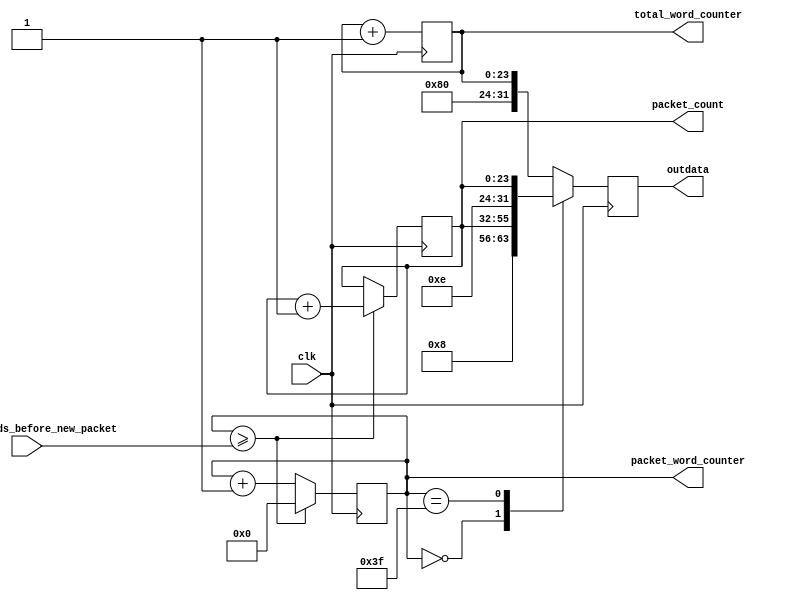
module griffin_packet_emulator
#(
parameter [6:0] unique_index = 0
)
(
input clk,
output reg [31:0] outdata = 0,
output reg [23:0] packet_count = 0,
output reg [23:0] packet_word_counter = 0,
output reg [23:0] total_word_counter = 0,
input      [23:0] packet_words_before_new_packet
);

always @(posedge clk)
begin
     if (packet_word_counter >= packet_words_before_new_packet)
	 begin 
	      packet_count <= packet_count + 1;
	      packet_word_counter <= 0;
	 end else
	 begin
          packet_word_counter <= packet_word_counter + 1;
	 end
end

always @(posedge clk)
begin
     total_word_counter <= total_word_counter + 1;
end

always @(posedge clk)
begin
     case (packet_word_counter)
	 24'd0    : outdata <= {8'h08,packet_count}; 
	 24'd63   : outdata <= {8'h0E,packet_count}; 	 
	 default : outdata <=  {1'b1,unique_index,total_word_counter}; 
	 endcase
end

endmodule